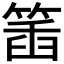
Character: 𥯥